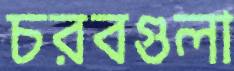
চরবগুলা